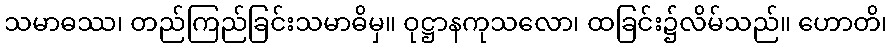
သမာဓဿ၊ တည်ကြည်ခြင်းသမာဓိမှ။ ဝုဋ္ဌာနကုသလော၊ ထခြင်း၌လိမ်သည်။ ဟောတိ၊